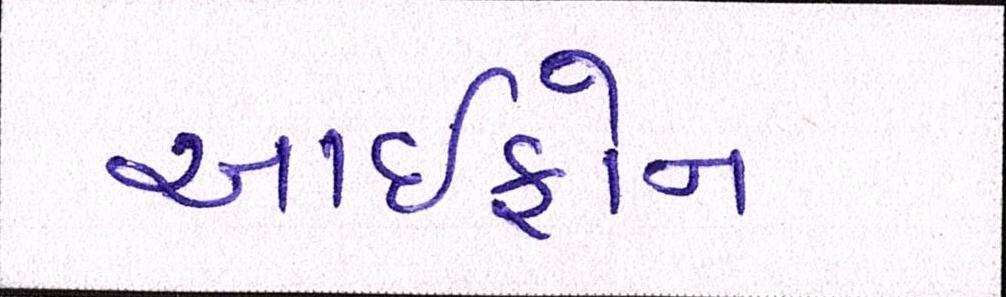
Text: આઇફોન